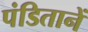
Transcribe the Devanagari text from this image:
पंडितानें